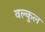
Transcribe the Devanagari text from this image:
वल्कुल